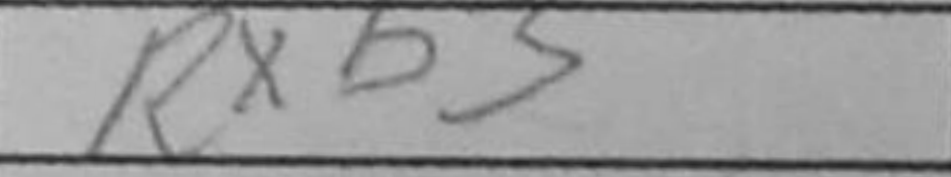
Transcription: Rxb5